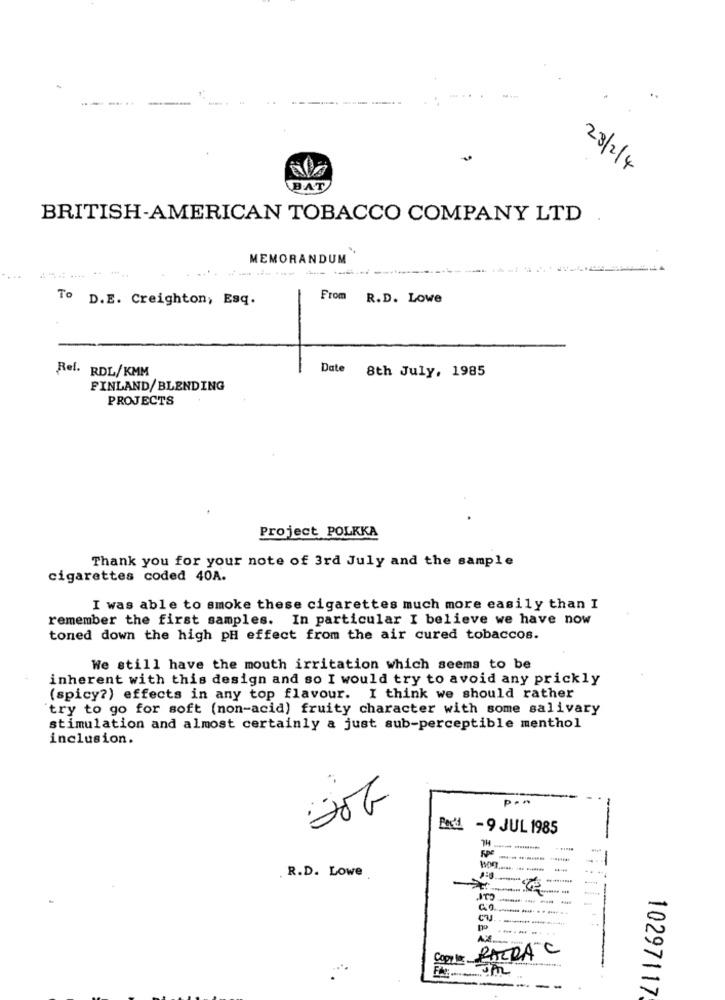
23/2/4
BAT
BRITISH-AMERICAN TOBACCO COMPANY LTD
MEMORANDUM
------------
To D.E. Creighton, Esq.
From R.D. Lowe
1
Ref. RDL/KMM
Date 8th July, 1985
FINLAND/BLENDING
PROJECTS
Project POLKKA
Thank you for your note of 3rd July and the sample
cigarettes coded 40A.
I was able to smoke these cigarettes much more easily than I
remember the first samples. In particular I believe we have now
toned down the high pH effect from the air cured tobaccos.
We still have the mouth irritation which seems to be
inherent with this design and so I would try to avoid any prickly
(spicy?) effects in any top flavour. I think we should rather
try to go for soft (non-acid) fruity character with some salivary
stimulation and almost certainly a just sub-perceptible menthol
inclusion.
P ."
-
PodL -9 JUL 1985
HL
------
. R.D. Lowe
JTO
AX
Copper PATRA C
--
10297117